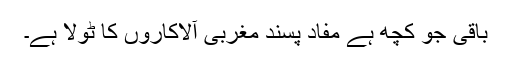
باقی جو کچھ ہے مفاد پسند مغربی آلاکاروں کا ٹولا ہے۔